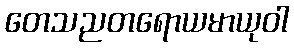
တေသညတရောယမာယုဝါ